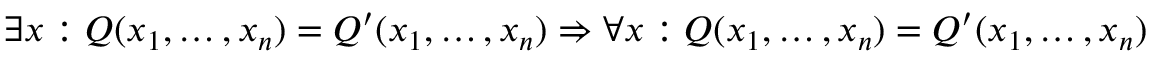
\exists x : Q ( x _ { 1 } , \ldots , x _ { n } ) = Q ^ { \prime } ( x _ { 1 } , \ldots , x _ { n } ) \Rightarrow \forall x : Q ( x _ { 1 } , \ldots , x _ { n } ) = Q ^ { \prime } ( x _ { 1 } , \ldots , x _ { n } )